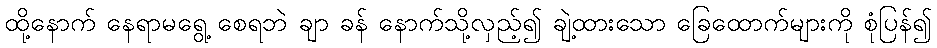
ထို့နောက် နေရာမရွေ့ စေရဘဲ ချာ ခန် နောက်သို့လှည့်၍ ချဲ့ထားသော ခြေထောက်များကို စုံပြန်၍